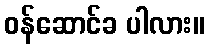
ဝန်ဆောင်ခ ပါလား။